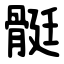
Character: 䯕